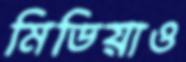
মিডিয়াও